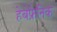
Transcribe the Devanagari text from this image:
हेबेफ्रेनिक